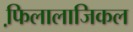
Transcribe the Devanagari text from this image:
फि़लालाजिकल